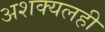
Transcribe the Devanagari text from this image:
अशक्यलही